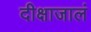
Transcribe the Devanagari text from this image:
दीक्षाजालं